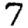
Digit: 7